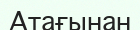
Атағынан